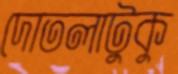
দোতলাটুকু